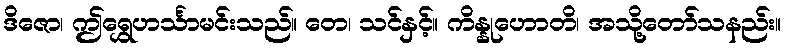
ဒိဇော၊ ဤရွှေဟင်္သာမင်းသည်။ တေ၊ သင်နှင့်။ ကိန္နုဟောတိ၊ အသို့တော်သနည်း။